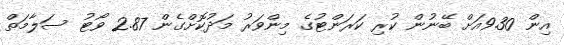
އިން 9.30އަށް ބޭނުން ކުރި ކަރަންޓުގެ މިންވަރު މަދުކޮށްގެން 2.87 ވޯޓު ސަލާމަތް